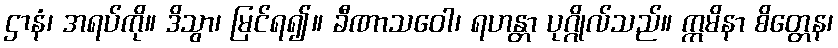
ဌာနံ၊ အရပ်ကို။ ဒိသွာ၊ မြင်ရ၍။ ခီဏာသဝေါ၊ ရဟန္တာ ပုဂ္ဂိုလ်သည်။ ဣမိနာ စိတ္တေန၊